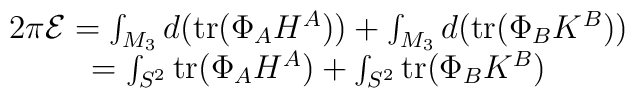
\begin{array}{c}2\pi {\cal E}=\int_{M_3}d({\rm tr}(\Phi _AH^A))+\int_{M_3}d({\rm tr}(\Phi _BK^B))\\ =\int_{S^2}{\rm tr}(\Phi _AH^A)+\int_{S^2}{\rm tr}(\Phi _BK^B) \end{array}